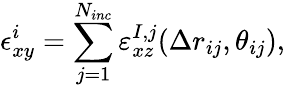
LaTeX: \epsilon_{xy}^{i}=\sum_{j=1}^{N_{inc}}\varepsilon_{xz}^{I,j}(\Delta r_{ij},\theta_{ij}),